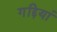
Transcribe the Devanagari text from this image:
गद्दियां